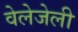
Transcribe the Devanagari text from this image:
वेलेजेली